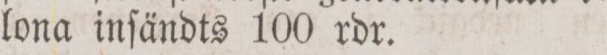
lona inſändts 100 rdr.